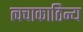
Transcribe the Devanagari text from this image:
त्वचाकाठिन्य